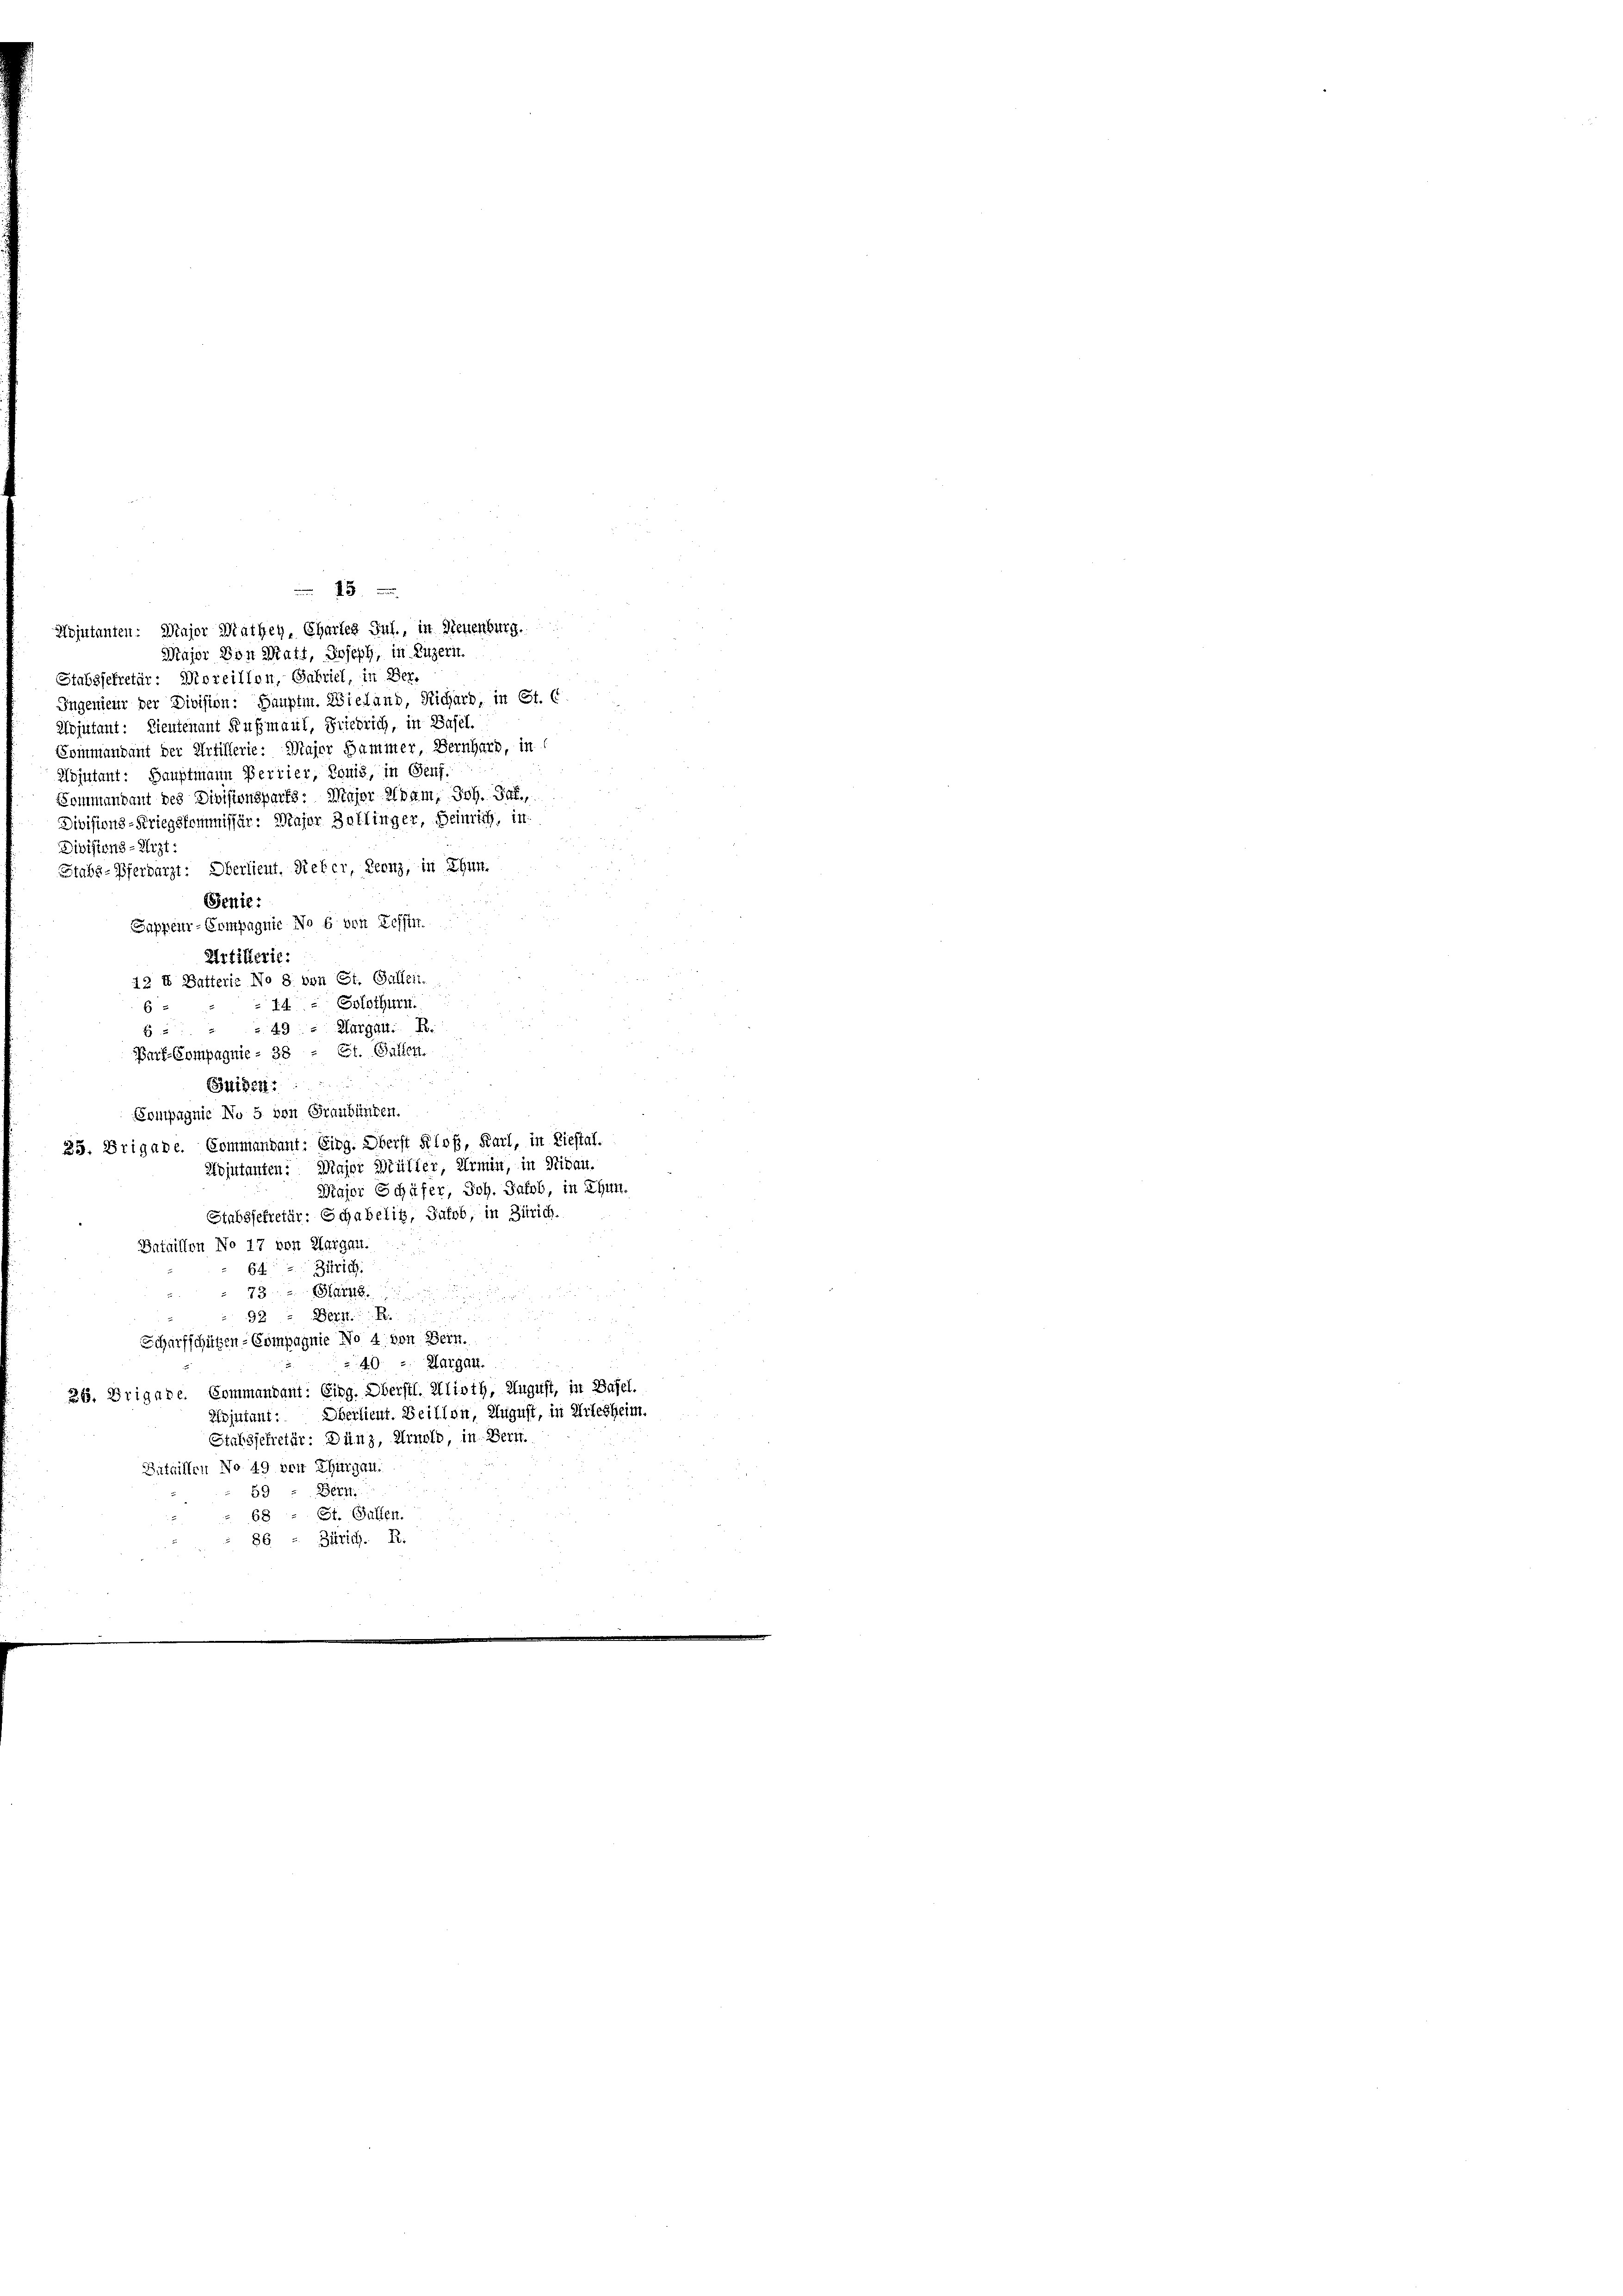
Stabssekretär: Moreillon, Gabriel, in Ber-
Ingenieur der Division: Hauptm. Wieland, Richard, in St. C
Adjutant: Lieutenant Kußmaul, Friedrich, in Basel.
Sommandant der Artillerie. Major Hammer, Bernhard, in
Kojutant: Hauptmann Pertier, Louis, in Genf.
Sommandant des Divisionsparts: Major Udam, Joh. Jul.,
Divisions-Arzt:
Senie:
Sappeur-Compagnie No 6 von Zeffin.
Artillerie:
12 X Batterie No 8 von St. Gallein.
6 - 14. Solothurn.
B 2 " " 49. Margan. R.
St. Galler
Barf-Compagnie - 38
Juider
Compagnie No 5 von Graubünden.
35. Brigade. Commandant: Eing. Oberst Kloß, Karl, in Liestal.
Rojutanten: Major Müller, Irmin, in Nidau.
Wiajor Schäfer, Joh. Jakob, in Thun.
Stabssekretär: Schabelis, Zufob, in Zürich.
Bataillen No 17 von Aargau.
64. Zürich
73. 2. Stan
Bern. R
92.
Schürfschützen-Compagnie No 4 von Bern.
40 - Margau.
36. Brigade. Commandant: Eing. Oberstl. Alioth, August, in Basel.
Oberlieut. Beillen, August, in Arlesheim.
Kojutant:
Stafssekretär: Dünz, Arnold, in Bern.
Gutaillen No 49 den Thurgau.
59
Bern.
68 - St. Gallen.
86 - Zürich. R.

Stabs-Pferdarzt: Oberlieut. Refer, Leenz, in Thun.

3 x
Mojutanten. Major Mathey, Chartes Jul., in Neuenburg.
Major von Matt, Joseph, in Luzern.

Divisions-Kriegskommissär: Major Zollinger, Heinrich, in